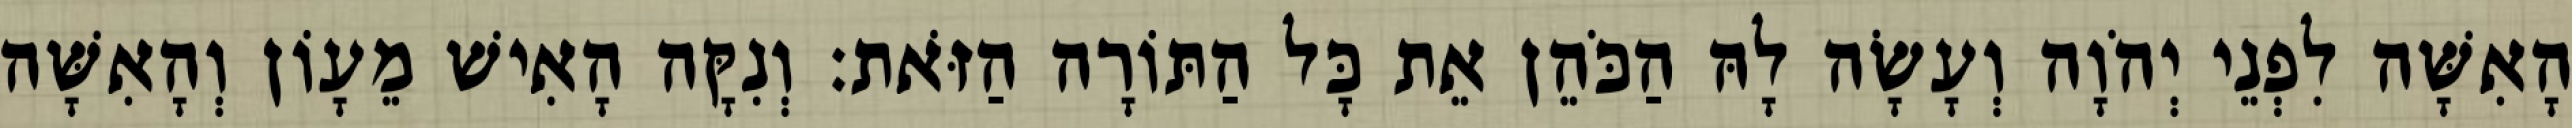
הָאִשָּׁה לִפְנֵי יְהֹוָה וְעָשָׂה לָהּ הַכֹּהֵן אֵת כָּל הַתּוֹרָה הַזֹּאת׃ וְנִקָּה הָאִישׁ מֵעָוֹן וְהָאִשָּׁה